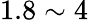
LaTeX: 1.8\sim 4